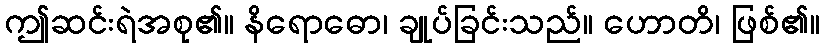
ဤဆင်းရဲအစု၏။ နိရောဓော၊ ချုပ်ခြင်းသည်။ ဟောတိ၊ ဖြစ်၏။